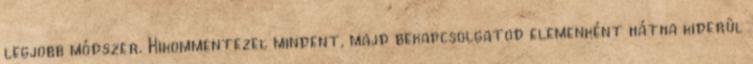
legjobb módszer. Kikommentezel mindent, majd bekapcsolgatod elemenként hátha kiderül